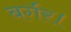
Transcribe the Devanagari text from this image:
बर्गर।